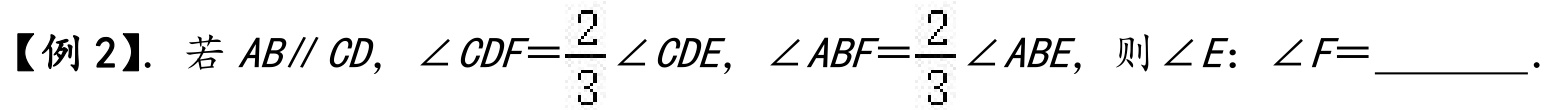
【例 2】. 若\(AB\parallel CD\)，\(\angle CDF = \dfrac{2}{3}\angle CDE\)，\(\angle ABF=\dfrac{2}{3}\angle ABE\)，则\(\angle E:\angle F =\)________.